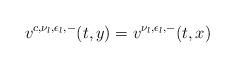
LaTeX: \begin{align*}v^{c,\nu_l,\epsilon_l,-}(t,y)=v^{\nu_l,\epsilon_l,-}(t,x)\end{align*}